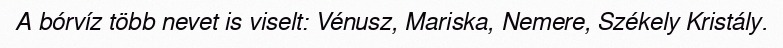
A bórvíz több nevet is viselt: Vénusz, Mariska, Nemere, Székely Kristály.